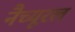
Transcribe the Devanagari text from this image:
नैच्यूरल